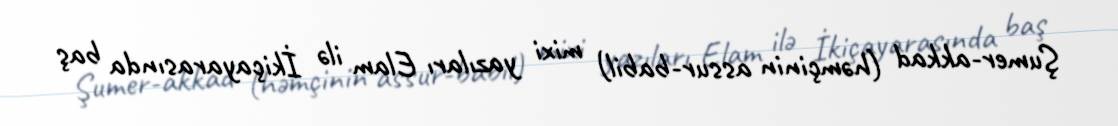
Şumer-akkad (həmçinin assur-babil) mixi yazıları Elam ilə İkiçayarasında baş